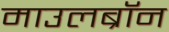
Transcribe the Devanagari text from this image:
माउलब्रॉन